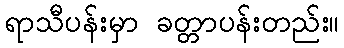
ရာသီပန်းမှာ ခတ္တာပန်းတည်း။